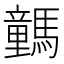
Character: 𩦍